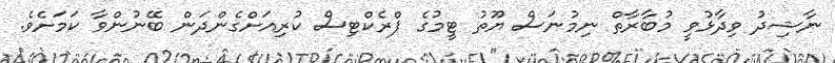
ނާޝިދު ވިދާޅުވީ މުބާރާތް ނިމުނަސް ޔޫތު ޓީމުގެ ޕްރެކްޓިސް ކުރިއަށްގެންދަން ބޭނުންވާ ކަމަށެވެ.